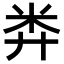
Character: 𥸭